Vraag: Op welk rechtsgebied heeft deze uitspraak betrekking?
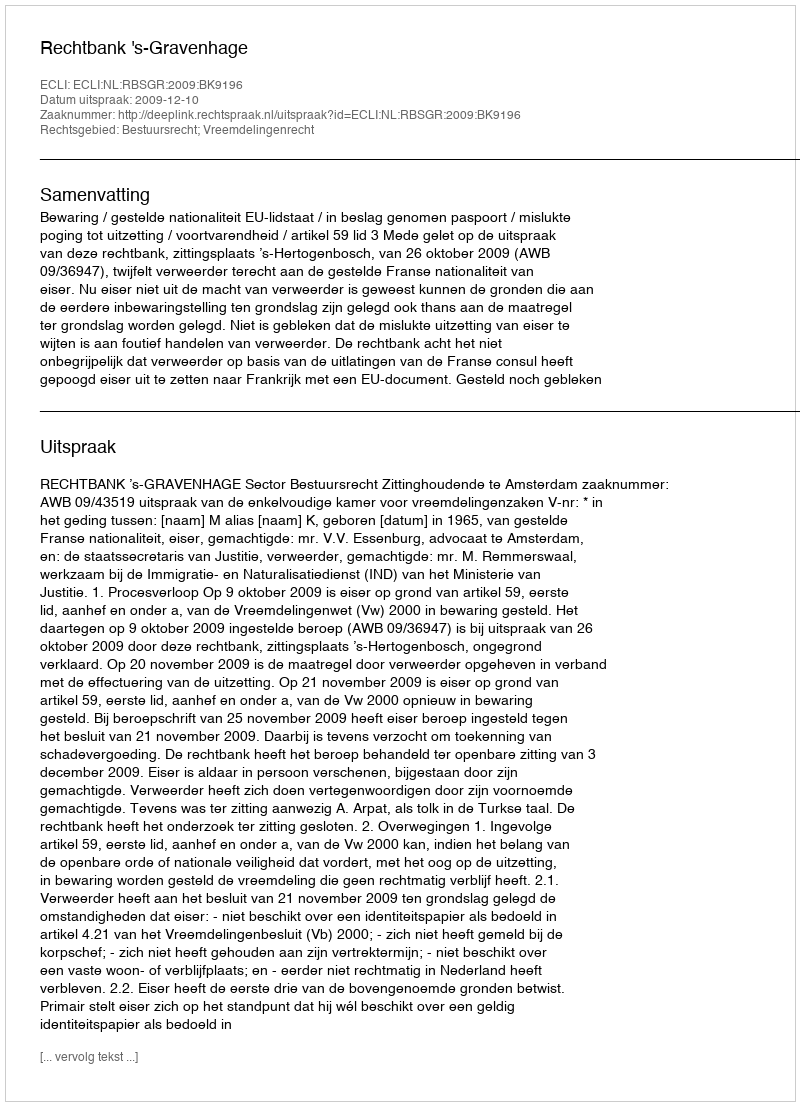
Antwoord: Bestuursrecht; Vreemdelingenrecht